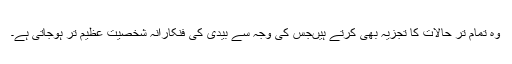
وہ تمام تر حالات کا تجزیہ بھی کرتے ہیںجس کی وجہ سے بیدی کی فنکارانہ شخصیت عظیم تر ہوجاتی ہے۔